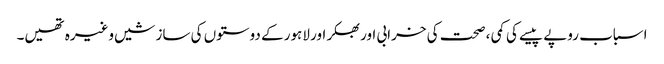
اسباب روپے پیسے کی کمی ، صحت کی خرابی اور بھکر اور لاہور کے دوستوں کی سازشیں وغیرہ تھیں۔